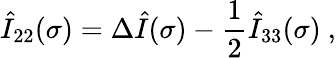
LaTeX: \hat{I}_{22}(\sigma)=\Delta\hat{I}(\sigma)-\frac 12\hat{I}_{33}(\sigma)\ ,